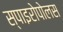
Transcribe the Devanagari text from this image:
स्पाइरोपोलस